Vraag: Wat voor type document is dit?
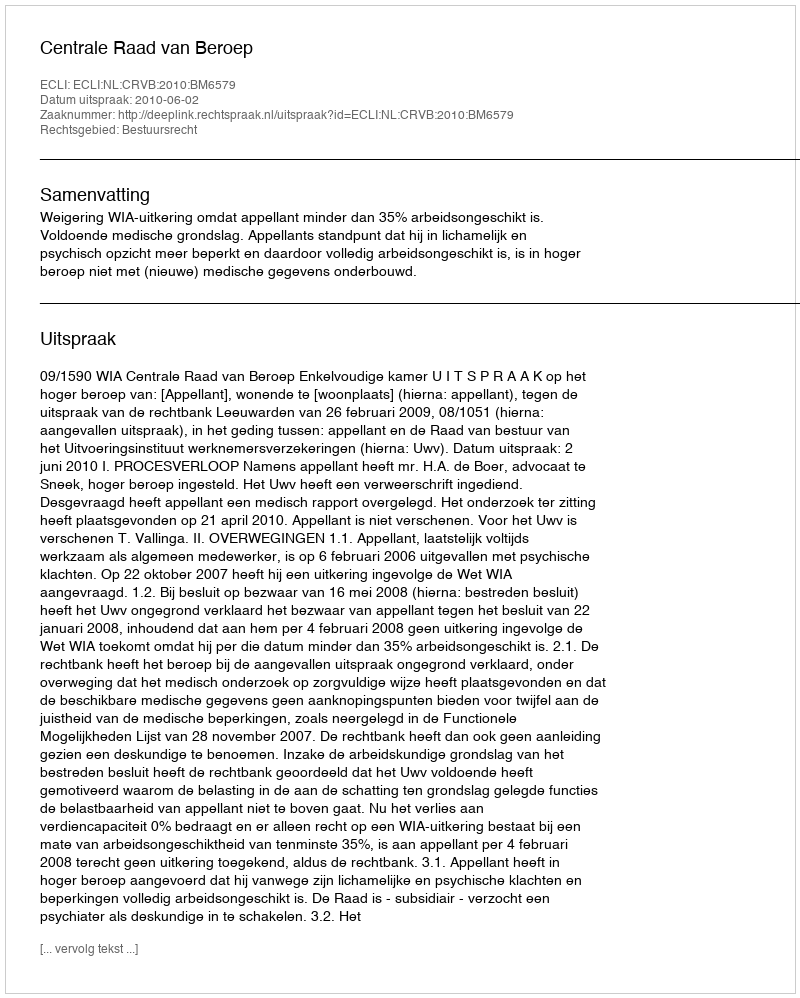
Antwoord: Uitspraak